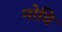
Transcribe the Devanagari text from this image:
नोवि